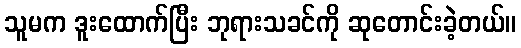
သူမက ဒူးထောက်ပြီး ဘုရားသခင်ကို ဆုတောင်းခဲ့တယ်။